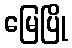
မြေပြို